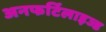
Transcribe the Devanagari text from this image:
अनफर्टिलाइज्ड